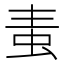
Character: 𧉶